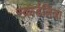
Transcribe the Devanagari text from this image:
स्कार्डलिजा